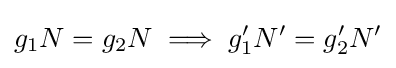
g_{1}N=g_{2}N\implies g_{1}'N'=g_{2}'N'